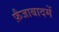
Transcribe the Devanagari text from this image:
फ़ैजाबादमें